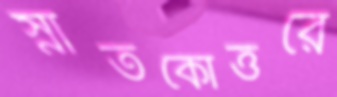
স্নাতকোত্তরে